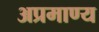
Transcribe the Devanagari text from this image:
अप्रमाण्य